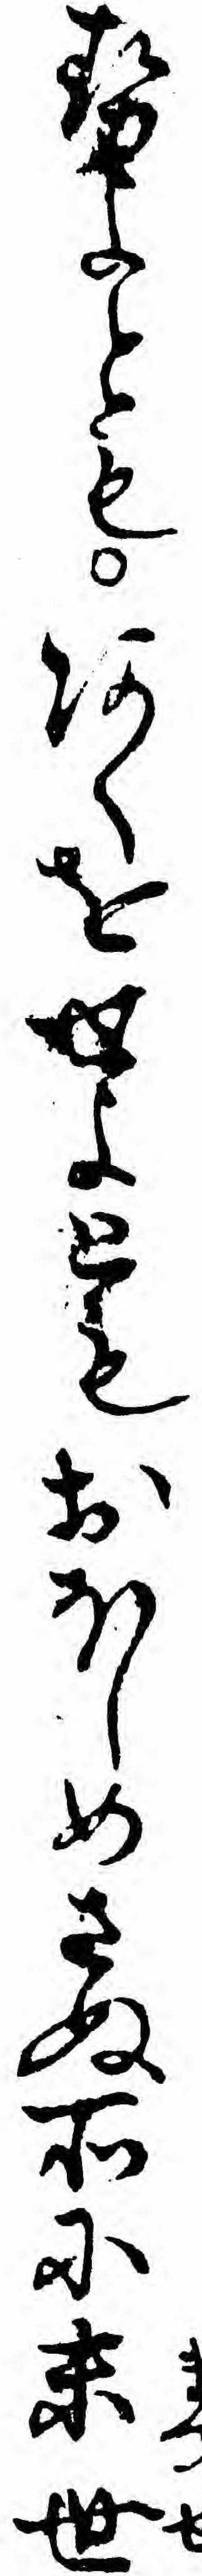
せよともあくをせよともおほしめさぬ所に末世